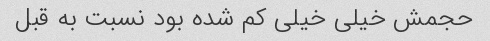
حجمش خیلی خیلی کم شده بود نسبت به قبل